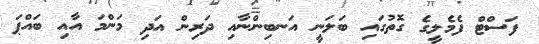
ފަސްޓް ފެމެލީގެ ގޮތުގައި ބަލަނީ އަނބިންނާއި ދަރިން އަދި މަންމަ އާއި ބައްޕަ